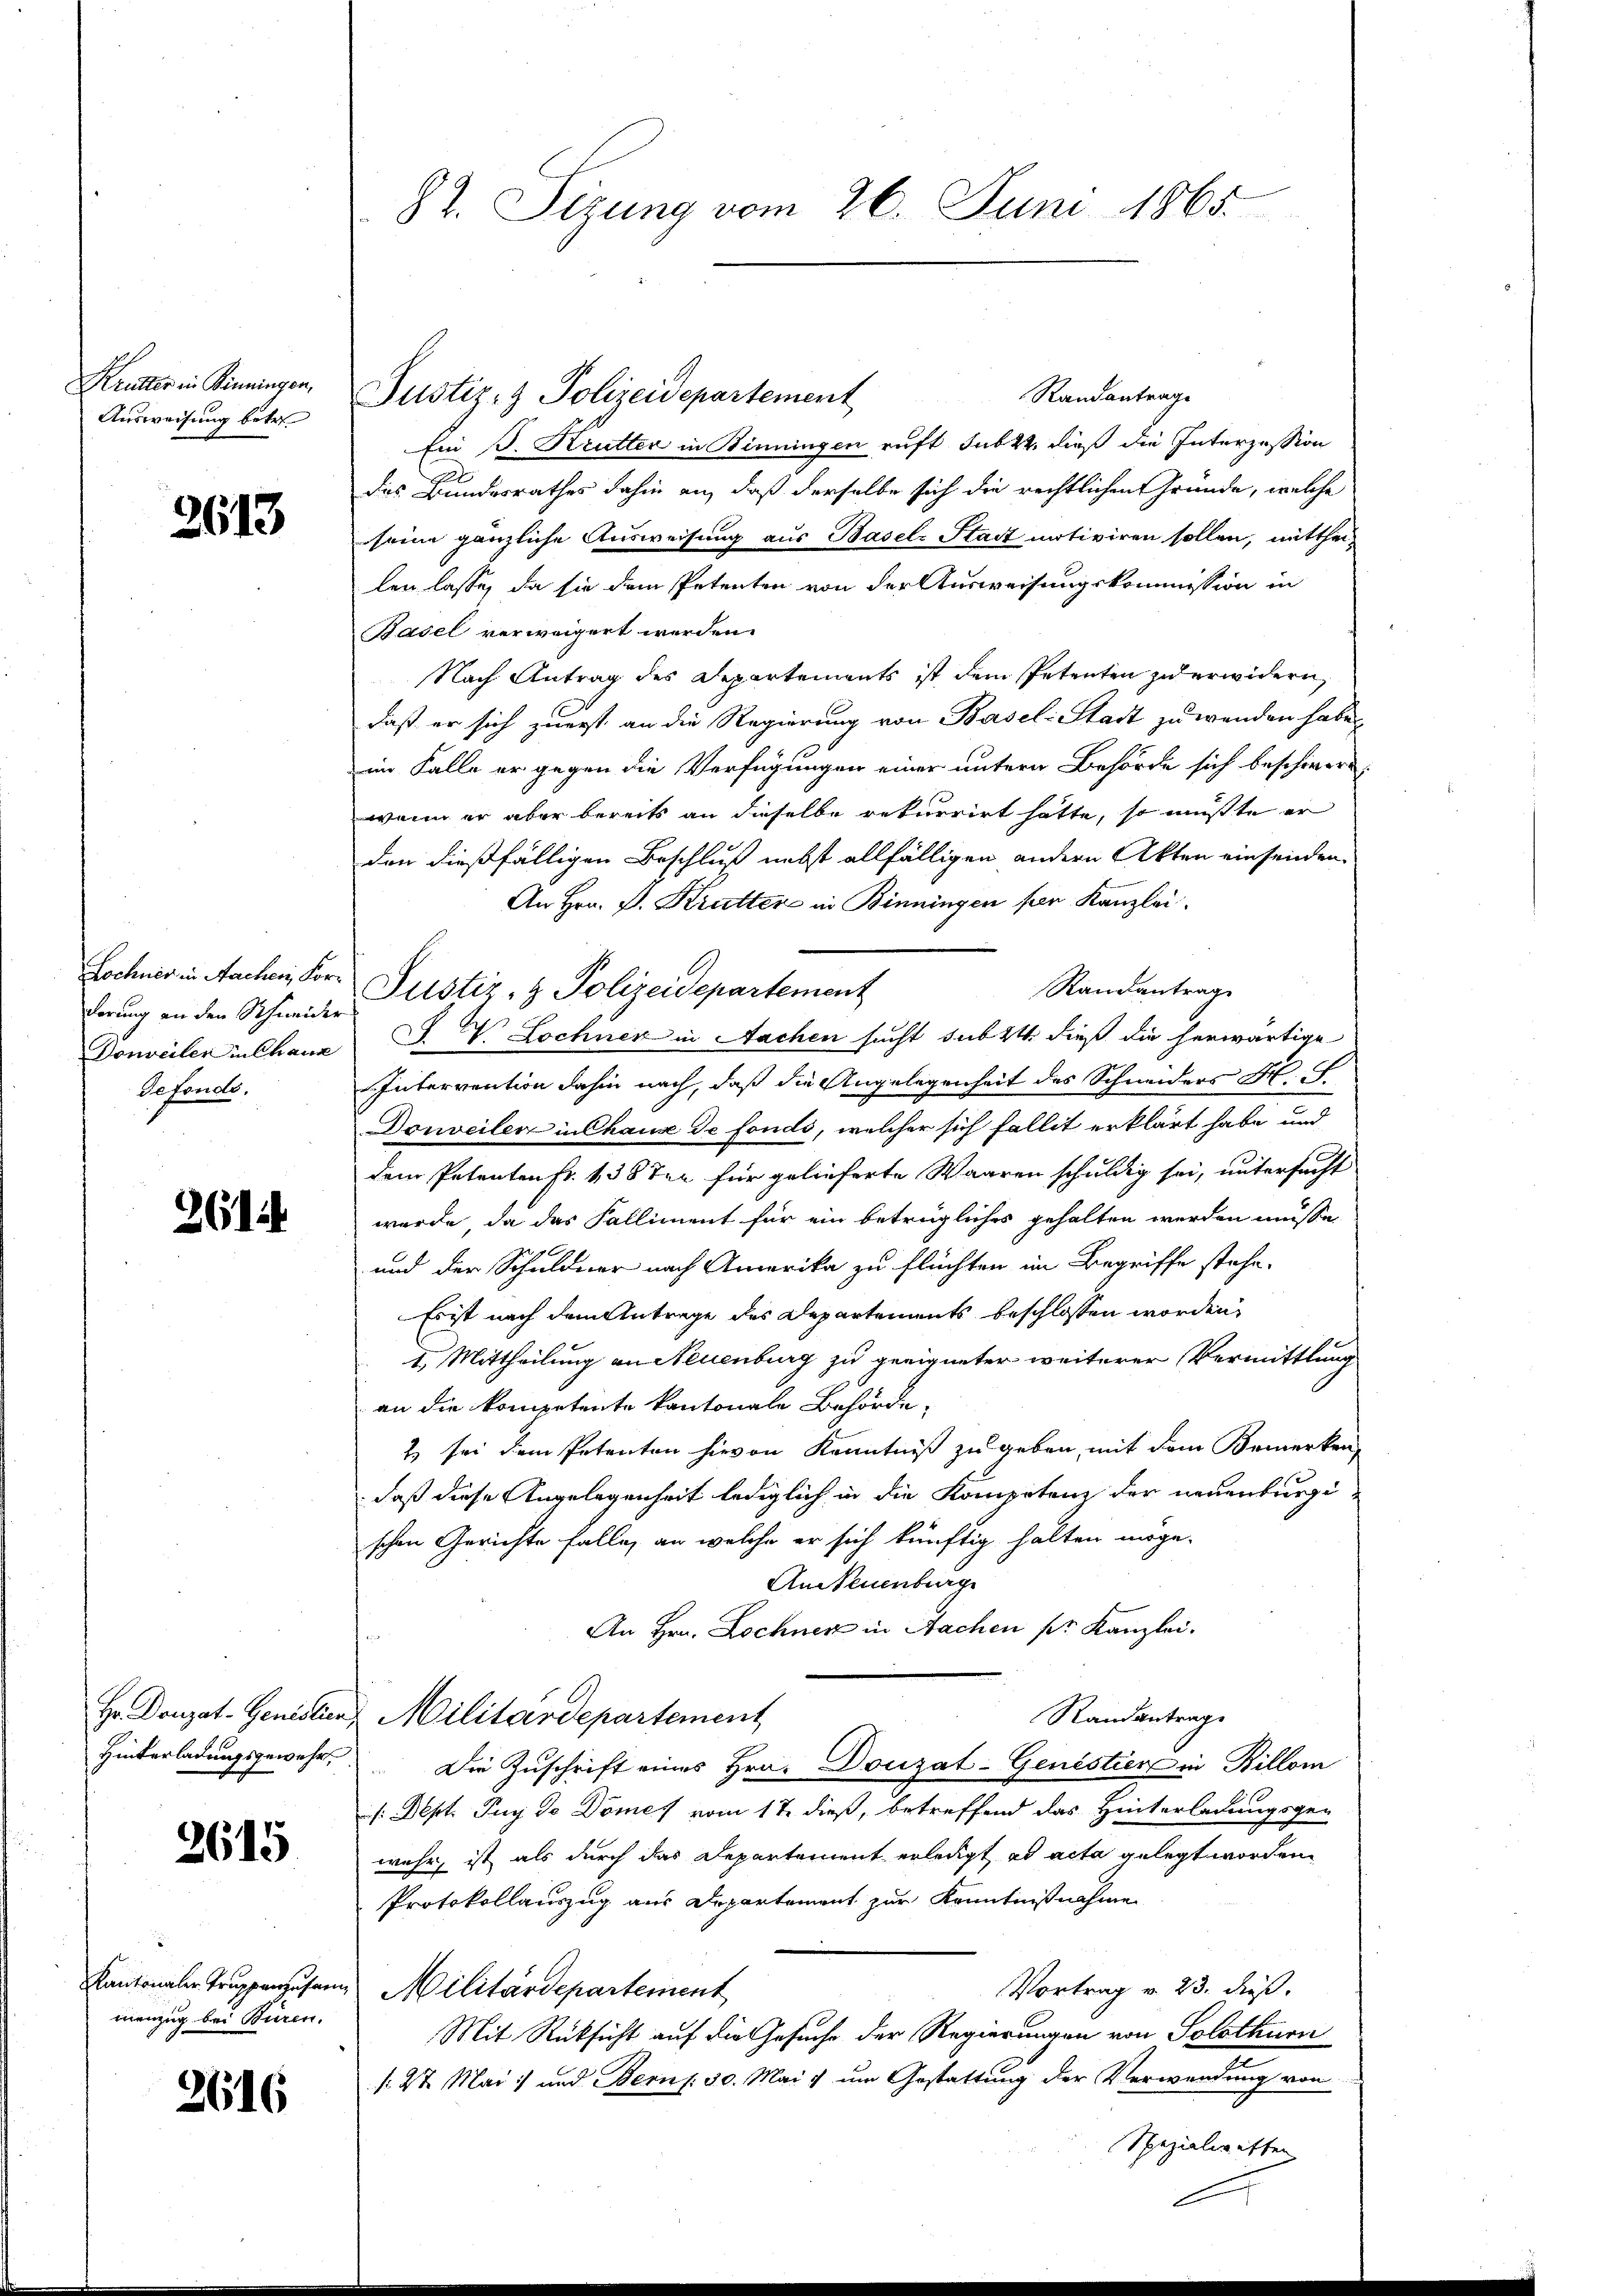
Krutter in Binningen,
Ausweisung betr.

2613

dörung an den Schneider
defonds.

261

2615

menzug bei Buren.

2616

87. Sizung vom 26. Juni 1865.

Zochner in Nachen, For- Justiz- & Polizeidepartement

Randantrage
Ein J. Krutter in Benningen ruft sub 22. dieß die Interzession
das Bundesrathes dahin an, daß derselbe sich die rechtlichen Gründe, welche
seine gänzliche Ausweisung aus Basels Stadt motiviren sollen, mittheilen lasse, da sie dem Petenten von der Ausweisungskommission in
Basel verweigert werden.
Nach Antrag des Departements ist dem Petenten zu erwidern,
daß er sich zuerst an die Regierung von Basel-Stadt zu wenden habe,
im Falle er gegen die Verfügungen einer untern Behörde sich beschwere,
wenn er aber bereits an dieselbe rekurrirt hatte, so müßte er
den dießfälligen Beschluß nebst allfälligen andern Akten einsenden.
An Hrn. P. Krutter in Binningen per Kanzlei.
Randantrage
Donweiler in Chaus J. V. Lochner in Aachen sucht subst dieß die herwärtige
Intervention dahin nach, daß die Angelegenheit des Schneiders Hr. F
Donveilen in Chause de fonds, welcher sich fallit erklärt habe und
dem Petenten Fr. 138 ten für gelieferte Waaren schuldig sei, untersucht
wurde, da das Falliment für ein betrügliches gehalten werden müsse,
und der Schuldner nach Amerika zu flüchten im Begriffe stehe.
Es ist nach dem Antrage des Departements beschlossen worden,
I. Mittheilung an Neuenburg zu geeigneter weiterer Vermittlung
an die kompetente kantonale Behörde,
2 sei dem Petenten hievon Kenntniß zu geben, mit dem Bemerken,
daß diese Angelegenheit lediglich in die Kompetenz der neuenburgi
schen Gerichte falle, an welche er sich künftig halten möge.
AnNeuenburge
An Hrn. Lochnen in Nachen pr. Kanzlei.
Hr. Donzat-Genistens Militärdepartement
Randantrage
Hinterladungsgewahr. Die Zuschrift eines Hrn. Donzat-Genistier in Billon
/:Dept. Tuy de Domes vom 1te dieß, betreffend das Hinterladungsgen
wahr, ist als durch das Departement erledigt ad acta gelegt worden
Protokollauszug aus Departement zur Kenntnißnahme
Kantonaler Truppenzusam Militärdepartement
Vortrag v. 23. dieß.
Mit Rücksicht auf die Gesuche der Regierungen von Solothurn
: 27. Mai :/ und Bern /: 30. Mai & um Gestattung der Verwendung von
Spezialwetten

Justiz- & Polizeidepartement